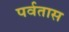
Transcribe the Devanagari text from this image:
पर्वतास